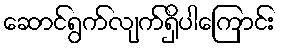
ဆောင်ရွက်လျက်ရှိပါကြောင်း